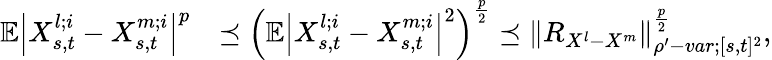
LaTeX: \begin{array}{rl}{\mathbb{E}\left|X_{s,t}^{l;i}-X_{s,t}^{m;i}\right|^{p}}&{\preceq\left(\mathbb{E}\left|X_{s,t}^{l;i}-X_{s,t}^{m;i}\right|^{2}\right)^{\frac{p}{2}}\preceq{\left\lVert{R_{X^{l}-X^{m}}}\right\rVert}_{\rho^{\prime}-var;[s,t]^{2}}^{\frac{p}{2}},}\end{array}